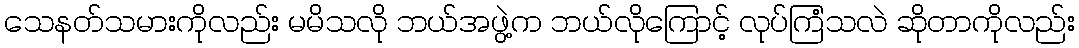
သေနတ်သမားကိုလည်း မမိသလို ဘယ်အဖွဲ့က ဘယ်လိုကြောင့် လုပ်ကြံသလဲ ဆိုတာကိုလည်း